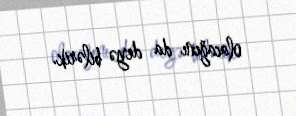
olacağını da deyə bilərik.